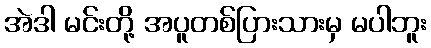
အဲဒါ မင်းတို့ အပူတစ်ပြားသားမှ မပါဘူး